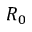
R _ { 0 }